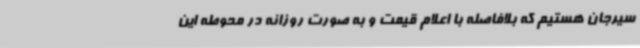
سیرجان هستیم که بلافاصله با اعلام قیمت و به صورت روزانه در محوطه این